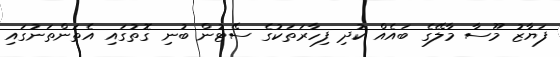
ފަޔާޒު މޫސާ މާލޭގެ ބައެއް ކުދި ފިހާރަތަކުގެ ސޭޓުން ބުނި ގޮތުގައި އެތަންތަނުގައި